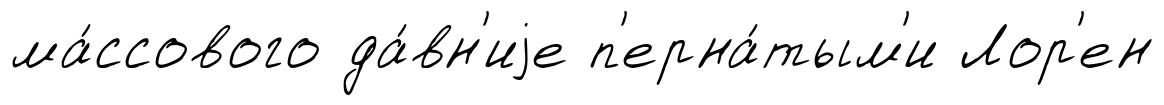
ма́ссового да́вн'иjе п'ерна́тым'и Лор'ен